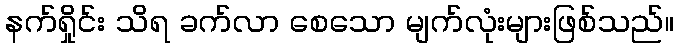
နက်ရှိုင်း သိရ ခက်လာ စေသော မျက်လုံးများဖြစ်သည်။